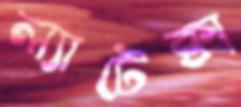
ল্যাটেক্স